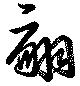
翩